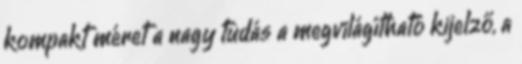
kompakt méret a nagy tudás a megvilágítható kijelző, a